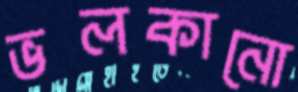
ভলকানো